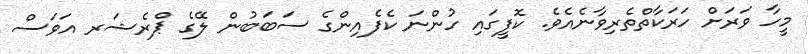
މީހާ ވަރަށް ހަރަކާތްތެރިވާނެއެވެ. ކޮފީގައި ހުންނަ ކެފެއިންގެ ސަބަބުން ލޭގެ ޕްރެޝަރ އަވަސް